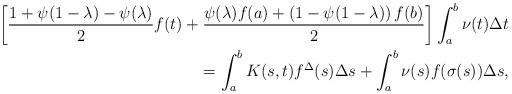
LaTeX: \begin{align*} \left[\dfrac{1+\psi(1-\lambda)-\psi(\lambda)}{2}f(t) + \dfrac{\psi(\lambda)f(a)+\left(1-\psi(1-\lambda)\right)f(b)}{2}\right]\int_a^b \nu(t)\Delta t\\=\int_a^b K(s,t)f^{\Delta}(s)\Delta s + \int_a^b \nu(s)f(\sigma(s))\Delta s,\end{align*}